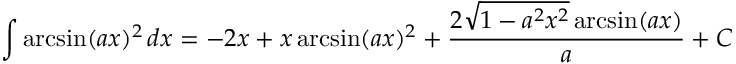
\int \arcsin ( a x ) ^ { 2 } \, d x = - 2 x + x \arcsin ( a x ) ^ { 2 } + { \frac { 2 { \sqrt { 1 - a ^ { 2 } x ^ { 2 } } } \arcsin ( a x ) } { a } } + C